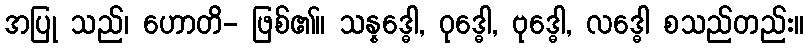
အပြု သည်၊ ဟောတိ- ဖြစ်၏။ သန္နဒ္ဓေါ, ဝုဒ္ဓေါ, ဗုဒ္ဓေါ, လဒ္ဓေါ စသည်တည်း။